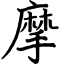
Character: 摩